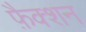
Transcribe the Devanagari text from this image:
फ़ैक्शन